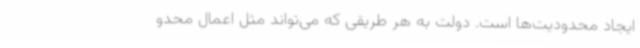
ایجاد محدودیت‌ها است. دولت به هر طریقی که می‌تواند مثل اعمال محدو